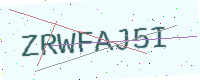
Text: ZRWFAJ5I